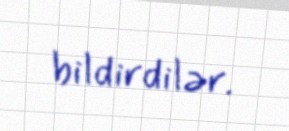
bildirdilər.